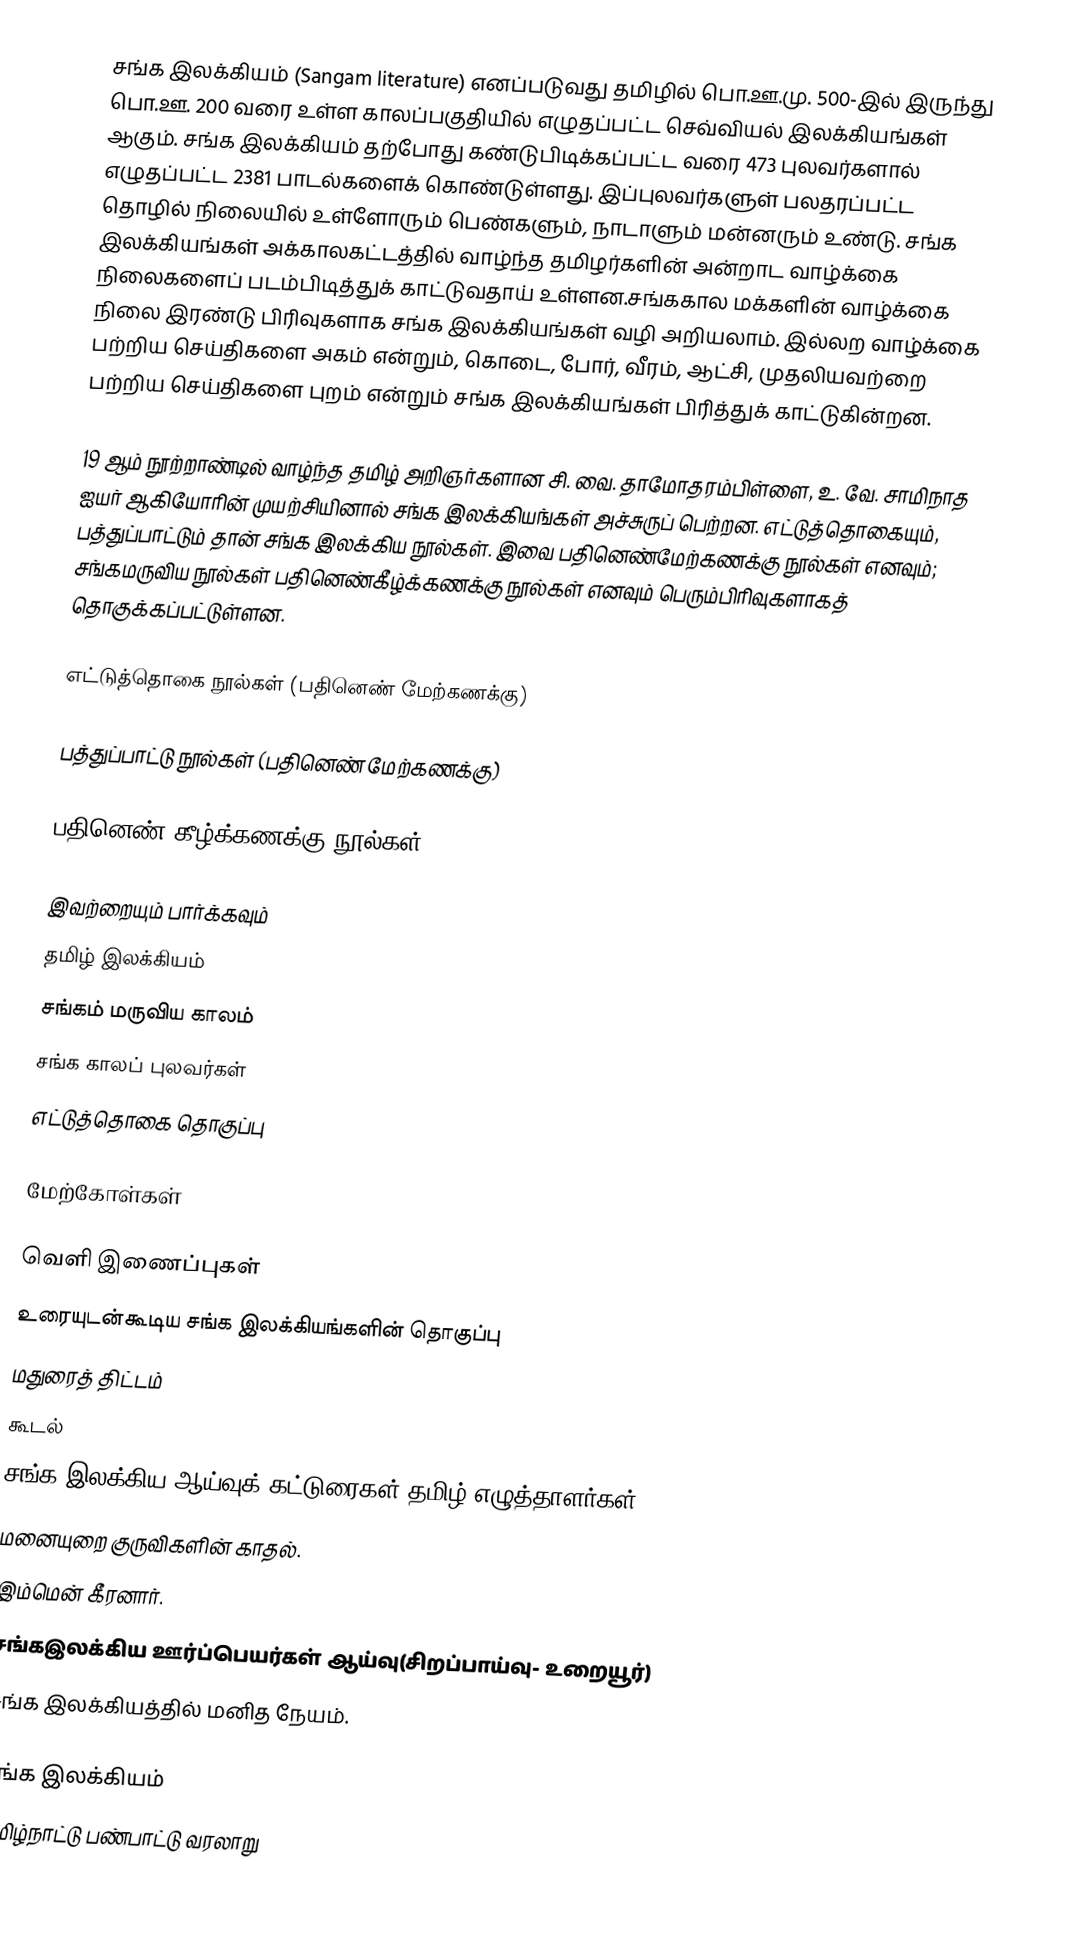
சங்க இலக்கியம் (Sangam literature) எனப்படுவது தமிழில் பொ.ஊ.மு. 500-இல் இருந்து பொ.ஊ. 200 வரை உள்ள காலப்பகுதியில் எழுதப்பட்ட செவ்வியல் இலக்கியங்கள் ஆகும். சங்க இலக்கியம் தற்போது கண்டுபிடிக்கப்பட்ட வரை 473 புலவர்களால் எழுதப்பட்ட 2381 பாடல்களைக் கொண்டுள்ளது. இப்புலவர்களுள் பலதரப்பட்ட தொழில் நிலையில் உள்ளோரும் பெண்களும், நாடாளும் மன்னரும் உண்டு. சங்க இலக்கியங்கள் அக்காலகட்டத்தில் வாழ்ந்த தமிழர்களின் அன்றாட வாழ்க்கை நிலைகளைப் படம்பிடித்துக் காட்டுவதாய் உள்ளன.சங்ககால மக்களின் வாழ்க்கை நிலை இரண்டு பிரிவுகளாக சங்க இலக்கியங்கள் வழி அறியலாம். இல்லற வாழ்க்கை பற்றிய செய்திகளை அகம் என்றும், கொடை, போர், வீரம், ஆட்சி, முதலியவற்றை பற்றிய செய்திகளை புறம் என்றும் சங்க இலக்கியங்கள் பிரித்துக் காட்டுகின்றன.

19 ஆம் நூற்றாண்டில் வாழ்ந்த தமிழ் அறிஞர்களான சி. வை. தாமோதரம்பிள்ளை, உ. வே. சாமிநாத ஐயர் ஆகியோரின் முயற்சியினால் சங்க இலக்கியங்கள் அச்சுருப் பெற்றன. எட்டுத்தொகையும், பத்துப்பாட்டும் தான் சங்க இலக்கிய நூல்கள். இவை பதினெண்மேற்கணக்கு நூல்கள் எனவும்; சங்கமருவிய நூல்கள் பதினெண்கீழ்க்கணக்கு நூல்கள் எனவும் பெரும்பிரிவுகளாகத் தொகுக்கப்பட்டுள்ளன.

எட்டுத்தொகை நூல்கள் (பதினெண் மேற்கணக்கு)

பத்துப்பாட்டு நூல்கள் (பதினெண் மேற்கணக்கு)

பதினெண் கீழ்க்கணக்கு நூல்கள்

இவற்றையும் பார்க்கவும்
 தமிழ் இலக்கியம்
 சங்கம் மருவிய காலம்
 சங்க காலப் புலவர்கள்
 எட்டுத்தொகை தொகுப்பு

மேற்கோள்கள்

வெளி இணைப்புகள்
 உரையுடன்கூடிய சங்க இலக்கியங்களின் தொகுப்பு
 மதுரைத் திட்டம்
 கூடல்
 சங்க இலக்கிய ஆய்வுக் கட்டுரைகள்-தமிழ் எழுத்தாளர்கள்
 மனையுறை குருவிகளின் காதல்.
 இம்மென் கீரனார்.
 சங்கஇலக்கிய ஊர்ப்பெயர்கள் ஆய்வு(சிறப்பாய்வு- உறையூர்)
சங்க இலக்கியத்தில் மனித நேயம்.

சங்க இலக்கியம்
தமிழ்நாட்டு பண்பாட்டு வரலாறு